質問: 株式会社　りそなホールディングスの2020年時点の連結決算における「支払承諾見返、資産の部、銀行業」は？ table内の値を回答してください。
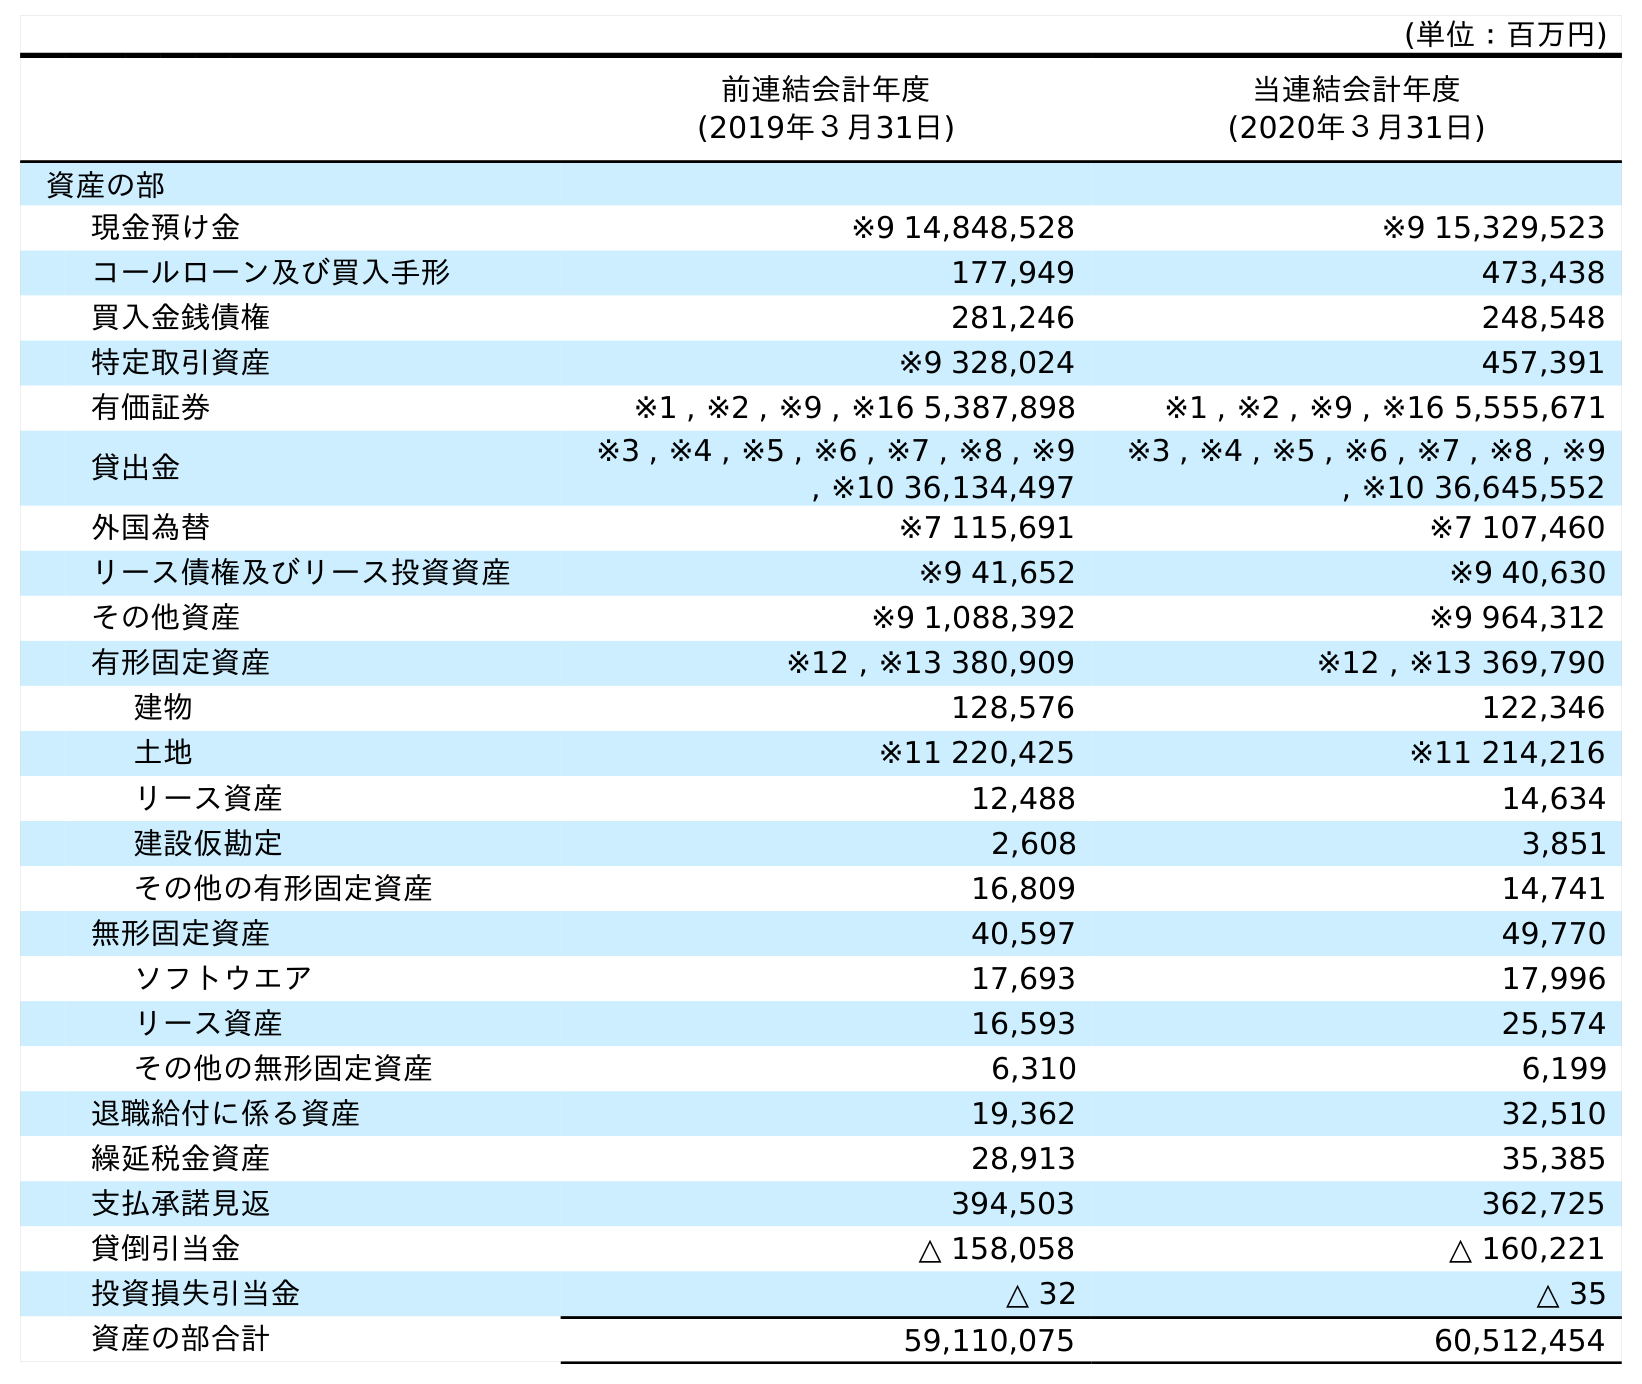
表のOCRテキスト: (単位：百万円) 前連結会計年度 (2019年３月31日) 当連結会計年度 (2020年３月31日) 資産の部 現金預け金 ※9 14,848,528 ※9 15,329,523 コールローン及び買入手形 177,949 473,438 買入金銭債権 281,246 248,548 特定取引資産 ※9 328,024 457,391 有価証券 ※1 , ※2 , ※9 , ※16 5,387,898 ※1 , ※2 , ※9 , ※16 5,555,671 貸出金 ※3 , ※4 , ※5 , ※6 , ※7 , ※8 , ※9 , ※10 36,134,497 ※3 , ※4 , ※5 , ※6 , ※7 , ※8 , ※9 , ※10 36,645,552 外国為替 ※7 115,691 ※7 107,460 リース債権及びリース投資資産 ※9 41,652 ※9 40,630 その他資産 ※9 1,088,392 ※9 964,312 有形固定資産 ※12 , ※13 380,909 ※12 , ※13 369,790 建物 128,576 122,346 土地 ※11 220,425 ※11 214,216 リース資産 12,488 14,634 建設仮勘定 2,608 3,851 その他の有形固定資産 16,809 14,741 無形固定資産 40,597 49,770 ソフトウエア 17,693 17,996 リース資産 16,593 25,574 その他の無形固定資産 6,310 6,199 退職給付に係る資産 19,362 32,510 繰延税金資産 28,913 35,385 支払承諾見返 394,503 362,725 貸倒引当金 △ 158,058 △ 160,221 投資損失引当金 △ 32 △ 35 資産の部合計 59,110,075 60,512,454
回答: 362,725